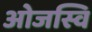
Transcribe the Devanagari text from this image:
ओजस्वि